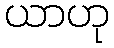
ယာဟု